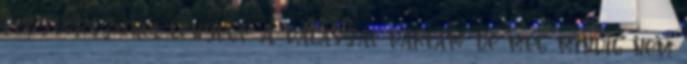
fegyverszünet lényege. A válaszát vártam, de még mindig nem